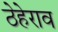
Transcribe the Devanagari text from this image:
ठेहेराव